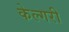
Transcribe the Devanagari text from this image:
केल्गरी